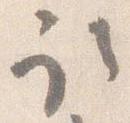
取